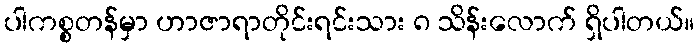
ပါကစ္စတန်မှာ ဟာဇာရာတိုင်းရင်းသား ၈ သိန်းလောက် ရှိပါတယ်။